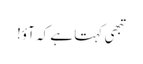
تبھی کہتا ہے کہ آؤ!